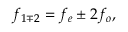
f _ { 1 \mp 2 } = f _ { e } \pm 2 f _ { o } ,